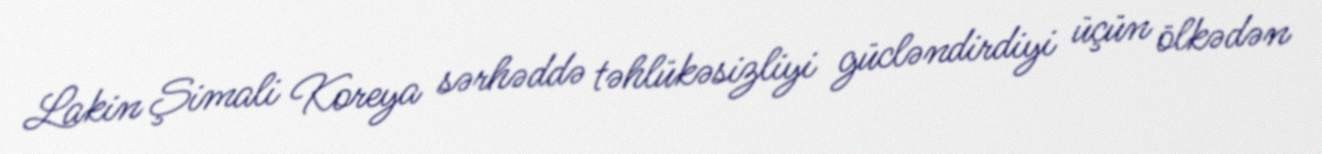
Lakin Şimali Koreya sərhəddə təhlükəsizliyi gücləndirdiyi üçün ölkədən